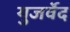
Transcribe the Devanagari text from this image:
युजर्वेद